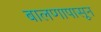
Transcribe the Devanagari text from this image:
बालणापासून